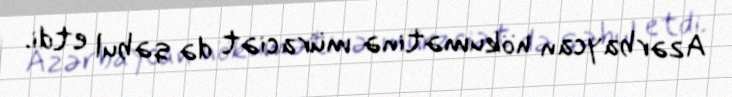
Azərbaycan hökumətinə müraciət də qəbul etdi.